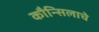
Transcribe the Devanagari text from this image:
कौन्सिलाचे